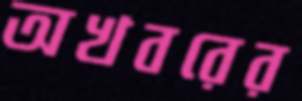
অখবরের